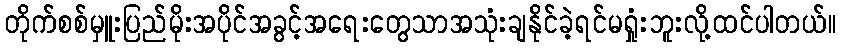
တိုက်စစ်မှူးပြည်မိုးအပိုင်အခွင့်အရေးတွေသာအသုံးချနိုင်ခဲ့ရင်မရှုံးဘူးလို့ထင်ပါတယ်။